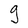
Character: g